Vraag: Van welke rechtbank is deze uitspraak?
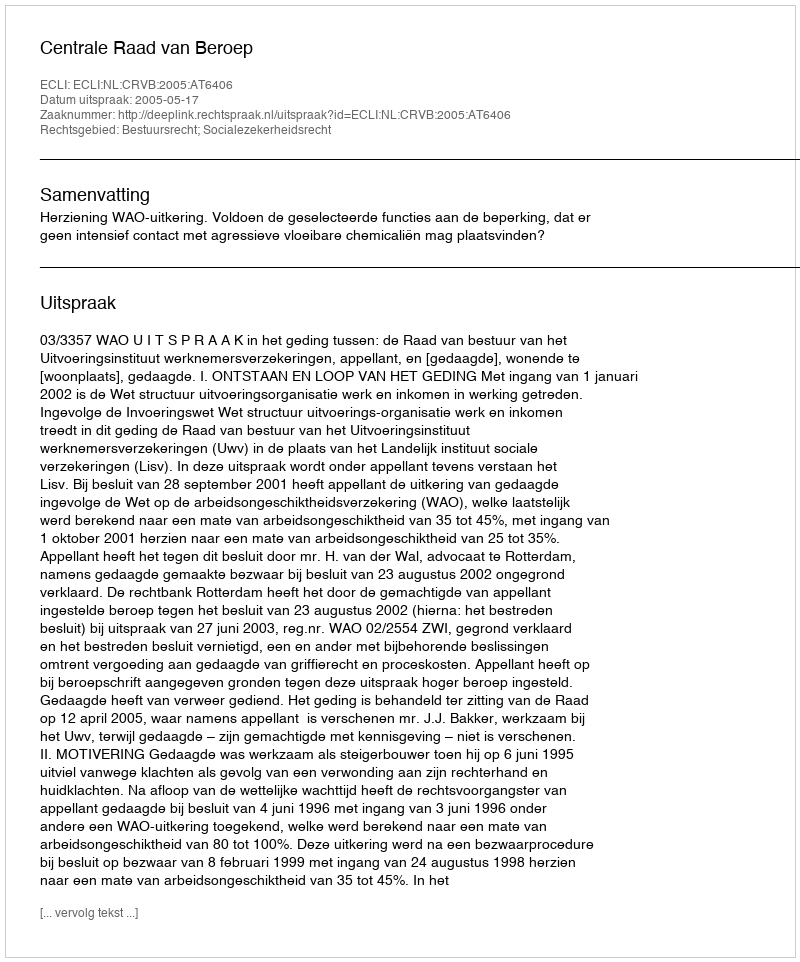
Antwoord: Centrale Raad van Beroep